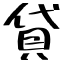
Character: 貸